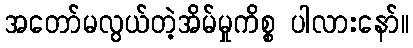
အတော်မလွယ်တဲ့အိမ်မှုကိစ္စ ပါလားနော်။